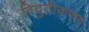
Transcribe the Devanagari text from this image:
विदुतीकरण